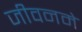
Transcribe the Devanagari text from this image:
जीवनमे